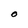
Character: o